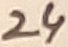
Text: 24